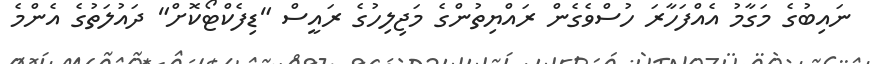
ނައިބުގެ މަގާމު އެއްފަހާރަ ހުސްވެގެން ރައްޔިތުންގެ މަޖިލިހުގެ ރައީސް "ޑިފެކްޓޯކޮށް" ދައުލަތުގެ އެންމެ